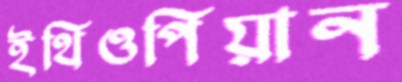
ইথিওপিয়ান